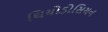
થિયોડોસિયન